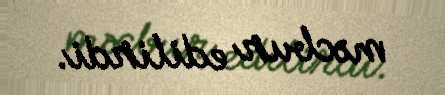
məcbur edilirdi.